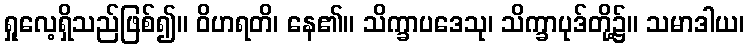
ရှုလေ့ရှိသည်ဖြစ်၍။ ဝိဟရတိ၊ နေ၏။ သိက္ခာပဒေသု၊ သိက္ခာပုဒ်တို့၌။ သမာဒါယ၊